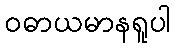
ဝဓာယမာနရူပါ